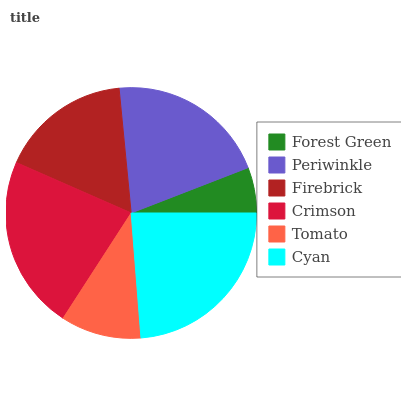
| Forest Green | Periwinkle | Firebrick | Crimson | Tomato | Cyan |
 | --- | --- | --- | --- | --- | --- |
 | 5.89% | 20.7% | 16.9% | 22.4% | 10.4% | 23.7% |